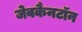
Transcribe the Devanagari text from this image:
जेवकैनटॉन